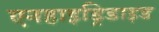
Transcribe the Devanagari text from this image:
एनहाइड्रिडाइड